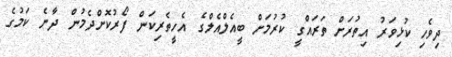
ދިވެހި ކުޅިވަރު އިތުރަށް ތަރައްގީ ކުރުމަށް ބީއެލްއެލްގެ އެހީތެރިކަން ފޯރުކޮށްދެމުން ދާނެ ކަމުގެ